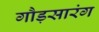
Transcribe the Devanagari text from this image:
गौड़सारंग